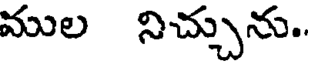
ముల నిచ్చును.